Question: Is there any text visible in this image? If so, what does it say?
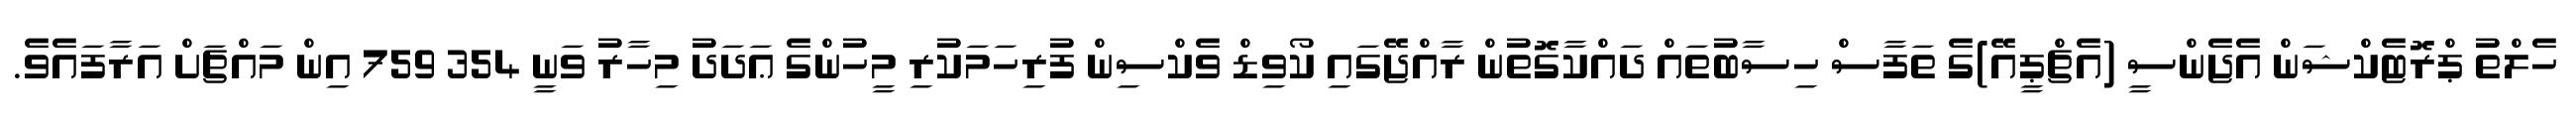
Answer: ހެލްތު ޕްރޮޓެކްޝަން އެޖެންސީ (އެޗްޕީއޭ)ގެ ތަފާސް ހިސާބުތައް ދައްކާގޮތުން ރާއްޖޭގައި ކޯވިޑް ވެކްސިން ފުރިހަމަކުރި މީހުންގެ ޢަދަދު މިހާރު ވަނީ 354 759 އިން މައްޗަށް އަރާފައެވެ.